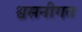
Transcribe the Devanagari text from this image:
श्वसनीगत